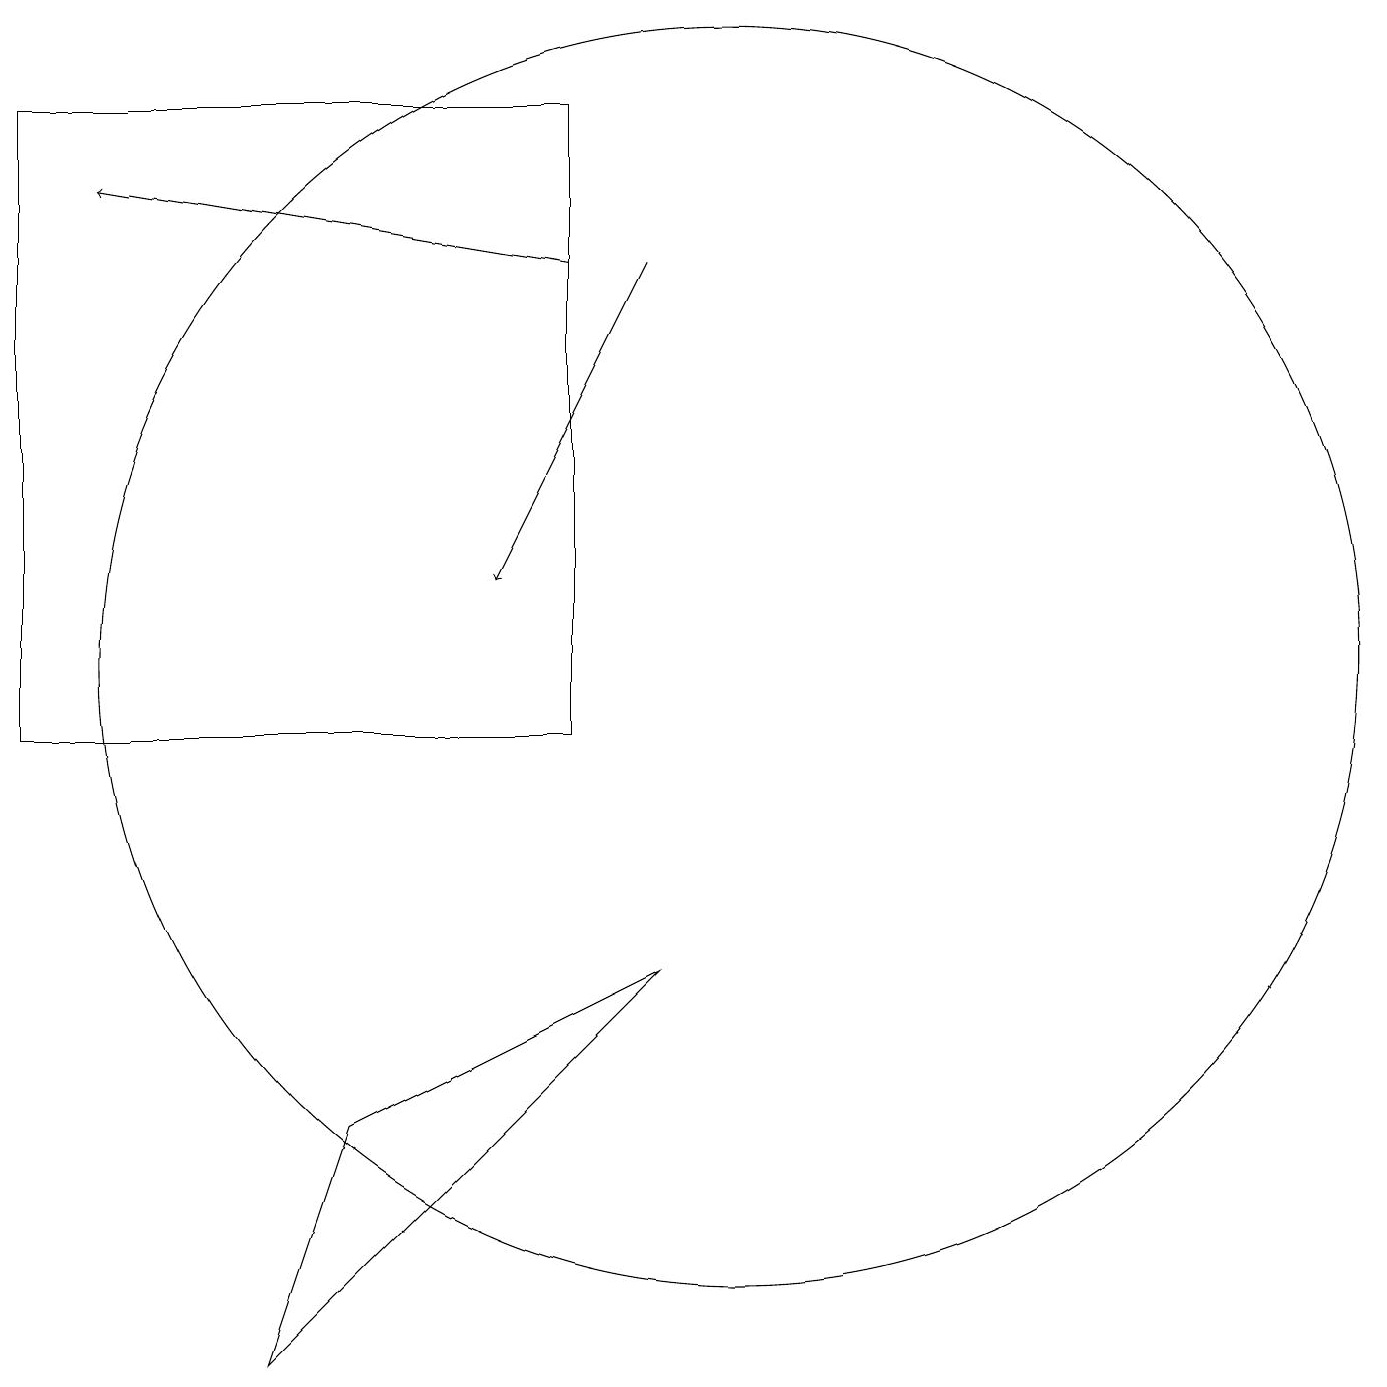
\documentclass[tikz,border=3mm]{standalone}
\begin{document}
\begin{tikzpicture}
\draw (8,18) rectangle (1,10);
\draw[->] (8,16) -- (2,17);
\draw (5,5) -- (9,7) -- (4,2) -- cycle;
\draw[->] (9,16) -- (7,12);
\draw (10,11) circle (8);
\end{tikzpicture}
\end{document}